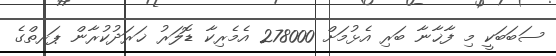
ސަބަބަކީ މި ފާޚާނާ ބަރި އެޅުމަށް 278000 އެމެރިކާ ޑޮލަރު ޚަރަދުކުރާން ޕަރތްގެ